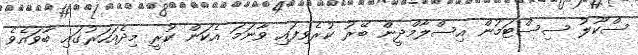
ސްކޫލު ސިސްޓަމުން އިސްލާމްދީން ބޭރު ކުރެވިފައި ވާނަމަ އެކަން ކުރީ މިދެއަހަރުގައި ބާވައެވެ